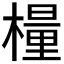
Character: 𣛀